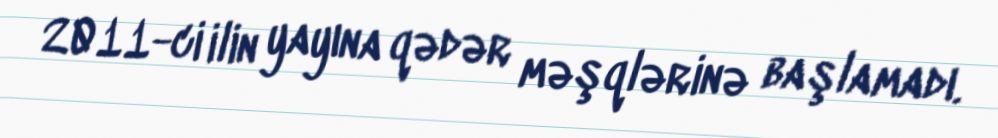
2011-ci ilin yayına qədər məşqlərinə başlamadı.